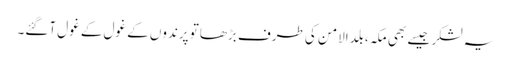
یہ لشکر جیسے بھی مکہ، بلدالامن کی طرف بڑھاتو پرندوں کے غول کے غول آگئے۔